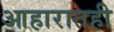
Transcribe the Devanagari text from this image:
आहारातही